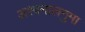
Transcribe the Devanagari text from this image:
अश्वनालनुमा